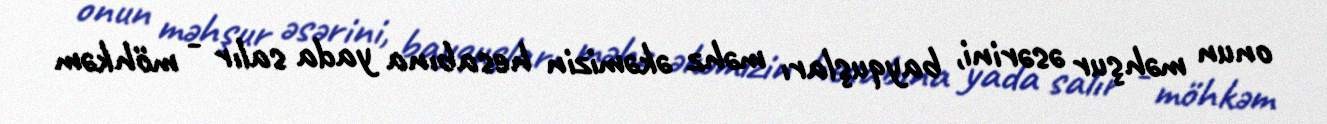
onun məhşur əsərini, bayquşları məhz əkəmizin hesabına yada salır - möhkəm